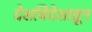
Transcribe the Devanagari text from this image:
देशविदेशातून